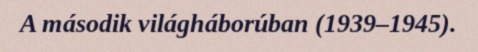
A második világháborúban (1939–1945).